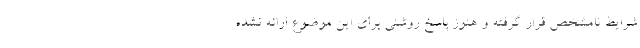
شرایط نامشخص قرار گرفته و هنوز پاسخ روشنی برای این موضوع ارائه نشده